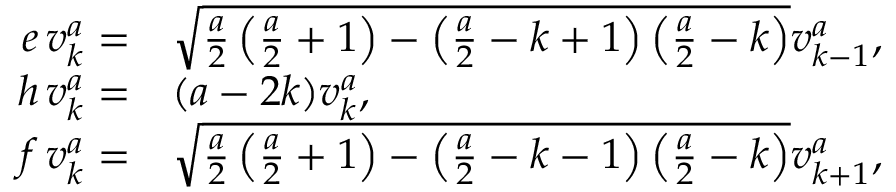
\begin{array} { r l } { e \, v _ { k } ^ { a } = } & { \sqrt { \frac { a } { 2 } \left( \frac { a } { 2 } + 1 \right) - \left( \frac { a } { 2 } - k + 1 \right) \left( \frac { a } { 2 } - k \right) } v _ { k - 1 } ^ { a } , } \\ { h \, v _ { k } ^ { a } = } & { ( a - 2 k ) v _ { k } ^ { a } , } \\ { f \, v _ { k } ^ { a } = } & { \sqrt { \frac { a } { 2 } \left( \frac { a } { 2 } + 1 \right) - \left( \frac { a } { 2 } - k - 1 \right) \left( \frac { a } { 2 } - k \right) } v _ { k + 1 } ^ { a } , } \end{array}